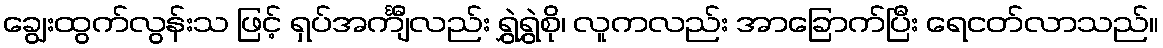
ချွေးထွက်လွန်းသ ဖြင့် ရှပ်အင်္ကျီလည်း ရွှဲရွှဲစို၊ လူကလည်း အာခြောက်ပြီး ရေငတ်လာသည်။